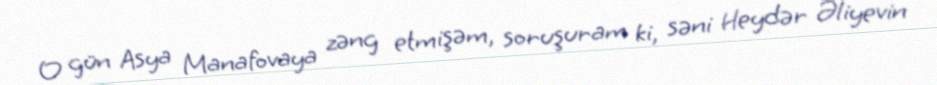
O gün Asya Manafovaya zəng etmişəm, soruşuram ki, səni Heydər Əliyevin